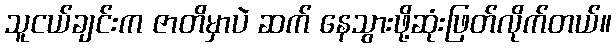
သူငယ်ချင်းက ဇာတိမှာပဲ ဆက် နေသွားဖို့ဆုံးဖြတ်လိုက်တယ်။